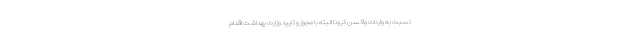
نسبت به واردات واکسن کرونا البته با مجوز و تایید وزارت بهداشت اقدام